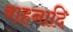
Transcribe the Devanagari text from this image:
वाहनादि